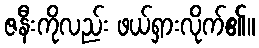
ဇနီးကိုလည်း ဖယ်ရှားလိုက်၏။